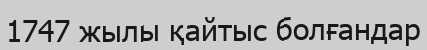
1747 жылы қайтыс болғандар